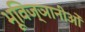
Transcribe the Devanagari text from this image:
भूविज्ञानीओँ